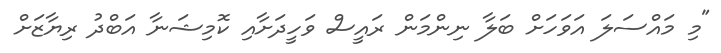
"މި މައްސަލަ އަވަހަށް ބަލާ ނިންމަން ރައީސް ވަހީދަށާއި ކޮމިޝަނާ އަބްދު ރިޔާޒަށް